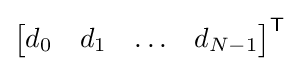
{\begin{bmatrix}d_{0}&d_{1}&\ldots &d_{N-1}\end{bmatrix}}^{\textsf {T}}